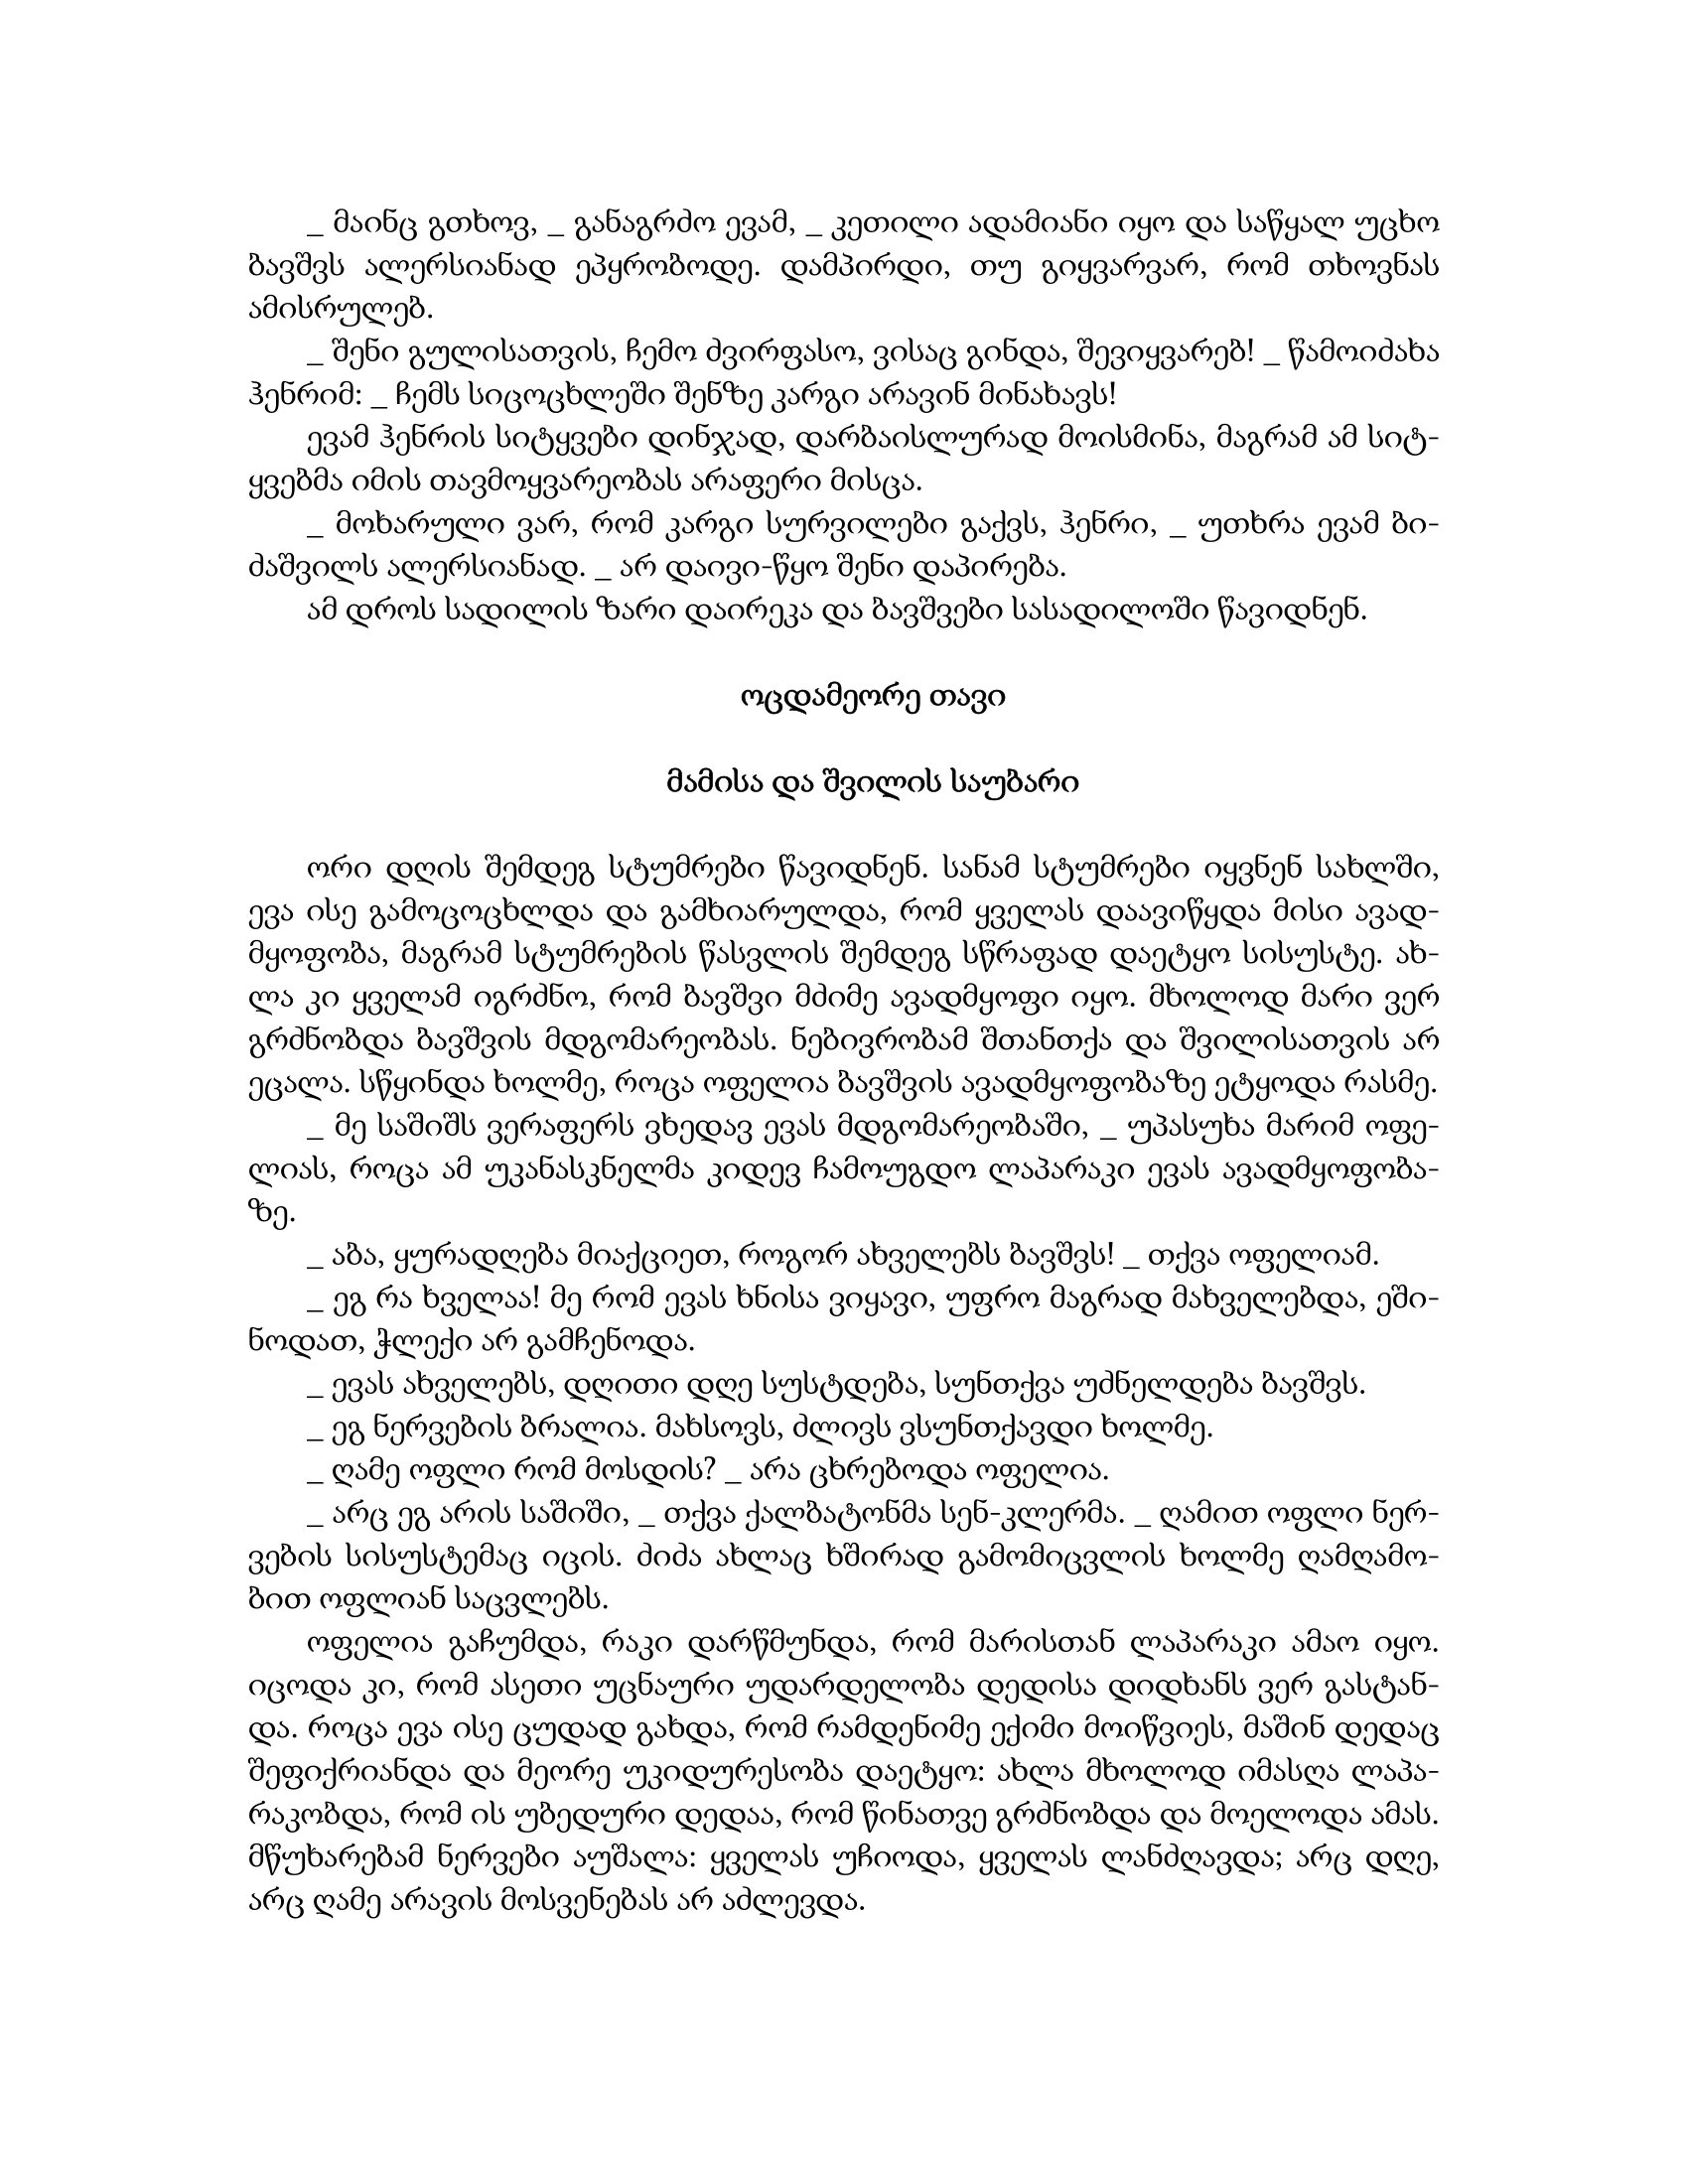
Language: gr